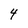
Character: 4